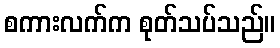
စကားလက်က စုတ်သပ်သည်။